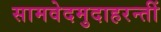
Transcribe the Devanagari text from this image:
सामवेदमुदाहरन्तीं